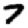
Digit: 7